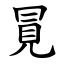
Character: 㒻